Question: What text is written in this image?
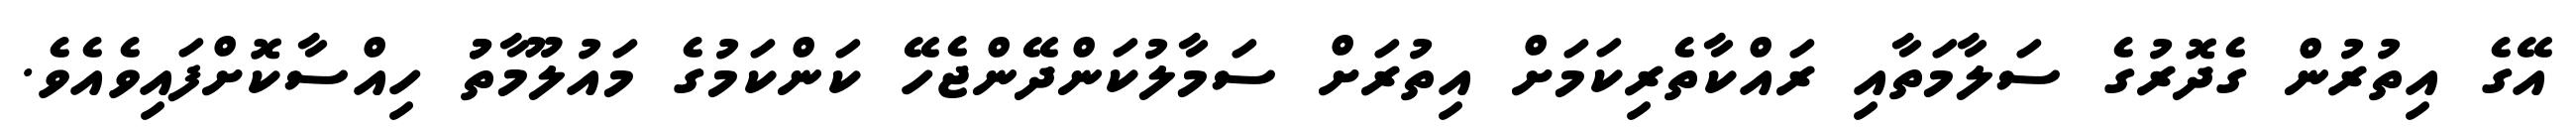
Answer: އޭގެ އިތުރުން ގެދޮރުގެ ސަލާމަތާއި ރައްކާތެރިކަމަށް އިތުރަށް ސަމާލުކަންދޭންޖެހޭ ކަންކަމުގެ މައުލޫމާތުު ހިއްސާކޮށްފައިވެއެވެ.